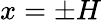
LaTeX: x=\pm H